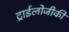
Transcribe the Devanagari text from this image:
ट्राईलोजीकी